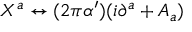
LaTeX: X ^ { a } \leftrightarrow ( 2 \pi \alpha ^ { \prime } ) ( i \partial ^ { a } + A _ { a } )